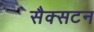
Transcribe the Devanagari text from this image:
सैक्सटन